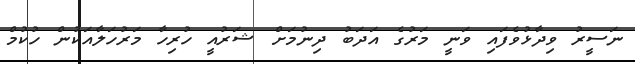
ނަސީރު ވިދާޅުވެފައި ވަނީ މަރުގެ އަދަބު ދިނުމަށް ޝަރުއީ ހުރިހާ މަރުހަލާއަކުން ހުކުމް